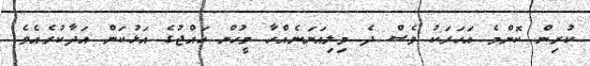
ކުރިން ކޮންމެ އަހަރަކު ވެސް ދެ މިލިއަނަނެއްހާ މީހުން ހައްޖުގެ އަޅުކަން އަދާކުރެއެވެ.